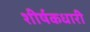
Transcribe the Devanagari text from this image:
शीर्षकधारी